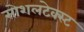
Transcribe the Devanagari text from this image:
सोशलटेक्स्ट